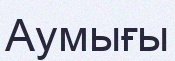
Аумығы